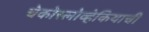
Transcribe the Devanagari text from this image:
चेकोस्लोव्हेकियाची